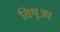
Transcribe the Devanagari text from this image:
विषुआ